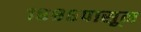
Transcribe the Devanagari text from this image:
१८८६पासून